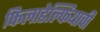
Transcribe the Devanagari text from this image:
फिलाडेल्फियाची